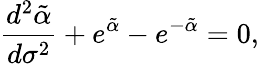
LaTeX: \frac{d^{2}\tilde{\alpha}}{d\sigma^{2}}+e^{\tilde{\alpha}}-e^{-\tilde{\alpha}}=0,